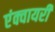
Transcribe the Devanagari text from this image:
एंक्वायरी